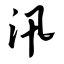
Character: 汛